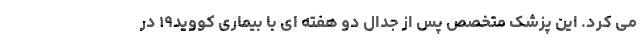
می کرد. این پزشک متخصص پس از جدال دو هفته ای با بیماری کووید۱۹ در